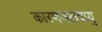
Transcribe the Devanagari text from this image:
कारणजलवायु